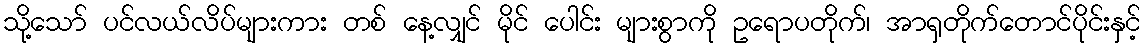
သို့သော် ပင်လယ်လိပ်များကား တစ် နေ့လျှင် မိုင် ပေါင်း များစွာကို ဥရောပတိုက်၊ အာရှတိုက်တောင်ပိုင်းနှင့်